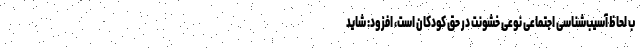
ب لحاظ آسیب‌شناسی اجتماعی نوعی خشونت در حق کودکان است، افزود: شاید